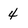
Character: 4